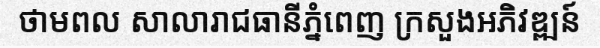
ថាមពល សាលារាជធានីភ្នំពេញ ក្រសួងអភិវឌ្ឍន៍